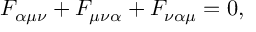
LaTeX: F _ { \alpha \mu \nu } + F _ { \mu \nu \alpha } + F _ { \nu \alpha \mu } = 0 ,